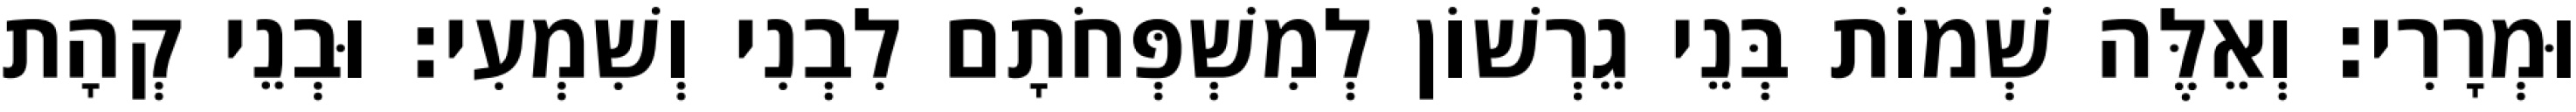
וּמְרָרִי׃ וְאֵלֶּה שְׁמוֹת בְּנֵי גֵרְשׁוֹן לְמִשְׁפְּחֹתָם לִבְנִי וְשִׁמְעִי׃ וּבְנֵי קְהָת